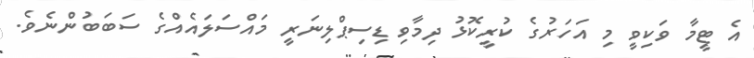
އެ ޓީމާ ވަކިވީ މި އަހަރުގެ ކުރީކޮޅު ދިމާވި ޑިސިޕްލިނަރީ މައްސަލައެއްގެ ސަބަބުންނެވެ.